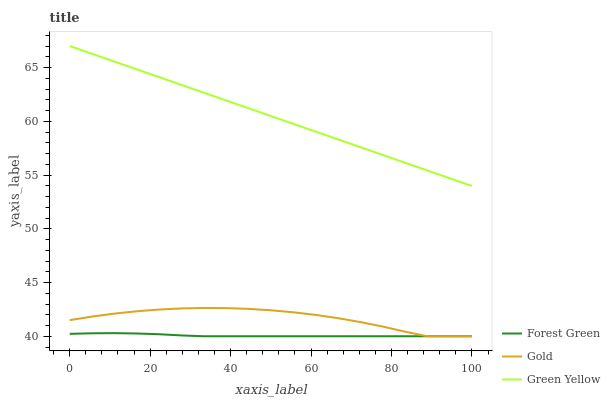
| xaxis_label | Forest Green | Gold | Green Yellow |
 | --- | --- | --- | --- |
 | 0 | 40.2 | 41.5 | 67 |
 | 5.56 | 40.3 | 41.8 | 66.3 |
 | 11.1 | 40.3 | 42.1 | 65.6 |
 | 16.7 | 40.3 | 42.3 | 64.8 |
 | 22.2 | 40.2 | 42.5 | 64.1 |
 | 27.8 | 40.1 | 42.6 | 63.4 |
 | 33.3 | 40 | 42.6 | 62.7 |
 | 38.9 | 40 | 42.6 | 61.9 |
 | 44.4 | 40 | 42.5 | 61.2 |
 | 50 | 40 | 42.4 | 60.5 |
 | 55.6 | 40 | 42.2 | 59.8 |
 | 61.1 | 40 | 42 | 59 |
 | 66.7 | 40 | 41.7 | 58.3 |
 | 72.2 | 40 | 41.3 | 57.6 |
 | 77.8 | 40 | 40.9 | 56.9 |
 | 83.3 | 40 | 40.4 | 56.1 |
 | 88.9 | 40 | 40 | 55.4 |
 | 94.4 | 40 | 40 | 54.7 |
 | 100 | 40 | 40 | 54 |